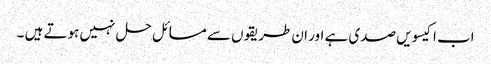
اب اکیسویں صدی ہے اور ان طریقوں سے مسائل حل نہیں ہوتے ہیں ۔